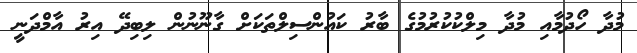
މުދާ ހޯދުމާއި މުދާ މިލްކުކުރުމުގެ ބާރު ކައުންސިލްތަކަށް ގާނޫނުން ލިބިދޭ އިރު އާމްދަނީ